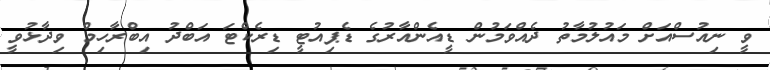
ވީ ނިއުސްއަށް މައުލުމާތު ދެއްވަމުން ޑީއެންއާރުގެ ޑެޕިއުޓީ ޑިރެކްޓަ އަބްދު އިބްރާހިމް ވިދާޅުވީ